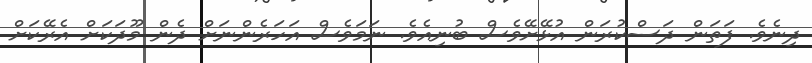
ދިނެވެ. ފަތަން ދަސްކުރަން އުޅޭށޭވެސް ބުނިއެވެ. ނަމަވެސް އަހަރެންނަށް ދެން މޫދަކަށް އެރޭކަށް